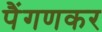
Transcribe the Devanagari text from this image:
पैंगणकर